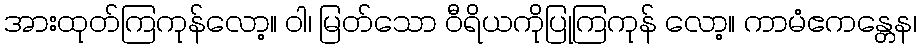
အားထုတ်ကြကုန်လော့။ ဝါ၊ မြတ်သော ဝီရိယကိုပြုကြကုန် လော့။ ကာမံဧကန္တေန၊